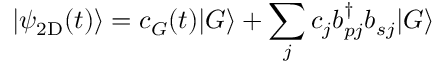
| \psi _ { \mathrm { 2 D } } ( t ) \rangle = c _ { G } ( t ) | G \rangle + \sum _ { j } c _ { j } b _ { p j } ^ { \dagger } b _ { s j } | G \rangle